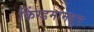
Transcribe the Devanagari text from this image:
किंग्डमामधून